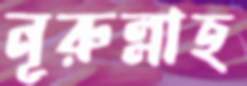
নূরুল্লাহ